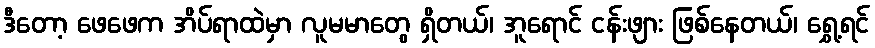
ဒီတော့ ဖေဖေက အိပ်ရာထဲမှာ လူမမာတွေ ရှိတယ်၊ အူရောင် ငန်းဖျား ဖြစ်နေတယ်၊ ရွှေ့ရင်